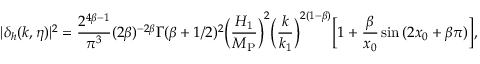
| \delta _ { h } ( k , \eta ) | ^ { 2 } = \frac { 2 ^ { 4 \beta - 1 } } { \pi ^ { 3 } } ( 2 \beta ) ^ { - 2 \beta } \Gamma ( \beta + 1 / 2 ) ^ { 2 } \biggl ( \frac { H _ { 1 } } { M _ { \mathrm { P } } } \biggr ) ^ { 2 } \biggl ( \frac { k } { k _ { 1 } } \biggr ) ^ { 2 ( 1 - \beta ) } \biggl [ 1 + \frac { \beta } { x _ { 0 } } \sin { ( 2 x _ { 0 } + \beta \pi ) } \biggr ] ,